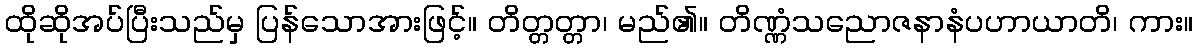
ထိုဆိုအပ်ပြီးသည်မှ ပြန်သောအားဖြင့်။ တိတ္တတ္တာ၊ မည်၏။ တိဏ္ဏံသညောဇနာနံပဟာယာတိ၊ ကား။